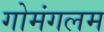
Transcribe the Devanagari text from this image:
गोमंगलम